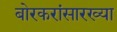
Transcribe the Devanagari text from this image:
बोरकरांसारख्या